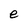
Character: e